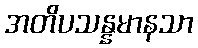
အတိပသန္နမာနသာ